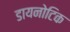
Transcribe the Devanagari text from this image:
डायनोटिक